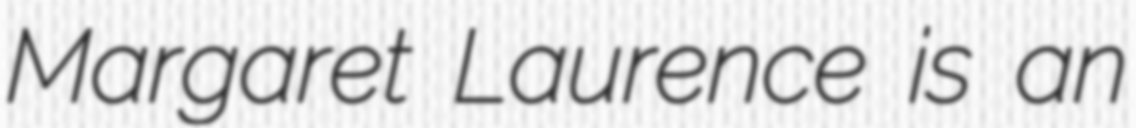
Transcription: Margaret Laurence is an